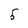
Character: 5